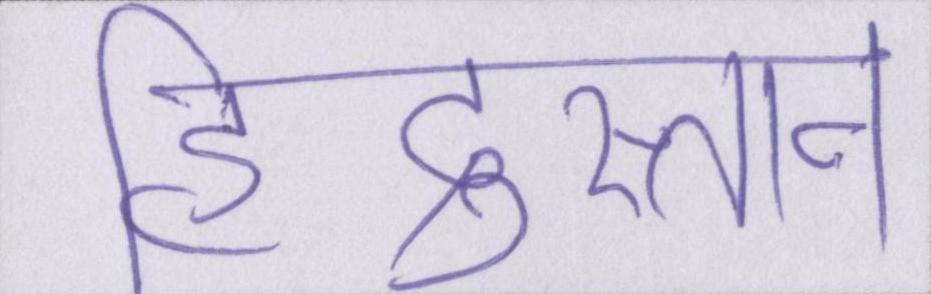
हिंदुस्तान